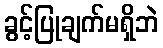
ခွင့်ပြုချက်မရှိဘဲ